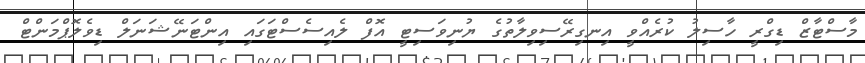
މާސްޓާޒް ޑިގްރީ ހާސިލު ކުރެއްވީ އިނގިރޭސިވިލާތުގެ ޔުނިވަސިޓީ އޮފް ލެއިސެސްޓަގައި އިންޓަނޭޝަނަލް ޑިވެލޮޕްމަންޓް